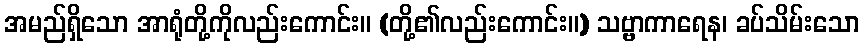
အမည်ရှိသော အာရုံတို့ကိုလည်းကောင်း။ (တို့၏လည်းကောင်း။) သဗ္ဗာကာရေန၊ ခပ်သိမ်းသော